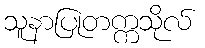
သူနာပြုတက္ကသိုလ်